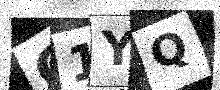
Text: C1YQ